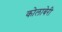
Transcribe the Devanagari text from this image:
कोलाबेरी